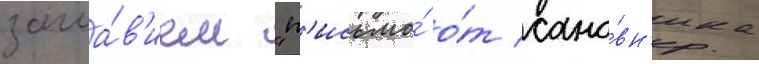
загла́в'ием "п'исьмо́ о́т сано́вн'ика